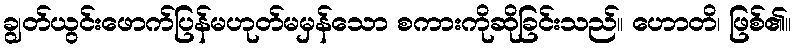
ချွတ်ယွင်းဖောက်ပြန်မဟုတ်မမှန်သော စကားကိုဆိုခြင်းသည်။ ဟောတိ၊ ဖြစ်၏။